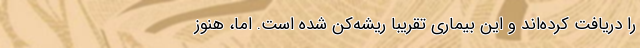
را دریافت کرده‌اند و این بیماری تقریباً ریشه‌کن شده است. اما، هنوز